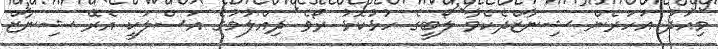
މިއަދު އަހަރެން ޝިނާޒްދެކެވާ ލޯބީގެ ހުޅުކޮޅު ރޯވެ ދިއްލުމުގެ އަސްލަކީ އެރޭ ޝިނާޒް